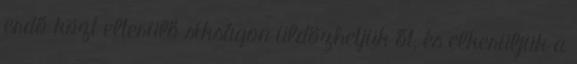
erdő közt elterülő síkságon üldözhetjük őt, és elkerüljük a